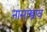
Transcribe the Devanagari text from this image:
नासास्त्राव